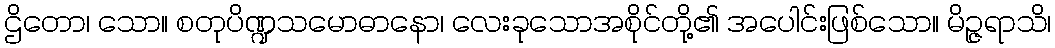
ဌိတော၊ သော။ စတုပိဏ္ဍသမောဓာနော၊ လေးခုသောအစိုင်တို့၏ အပေါင်းဖြစ်သော။ မိဉ္ဇရာသိ၊